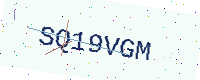
Text: SQ19VGM